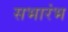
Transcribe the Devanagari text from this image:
सभारंभ